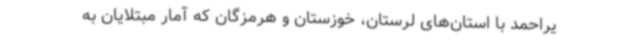
یراحمد با استان‌های لرستان، خوزستان و هرمزگان که آمار مبتلایان به